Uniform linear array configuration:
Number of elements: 32
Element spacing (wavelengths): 0.75
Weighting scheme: kaiser
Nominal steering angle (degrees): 60
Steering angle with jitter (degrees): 61.273
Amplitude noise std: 0.05
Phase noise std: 0.05

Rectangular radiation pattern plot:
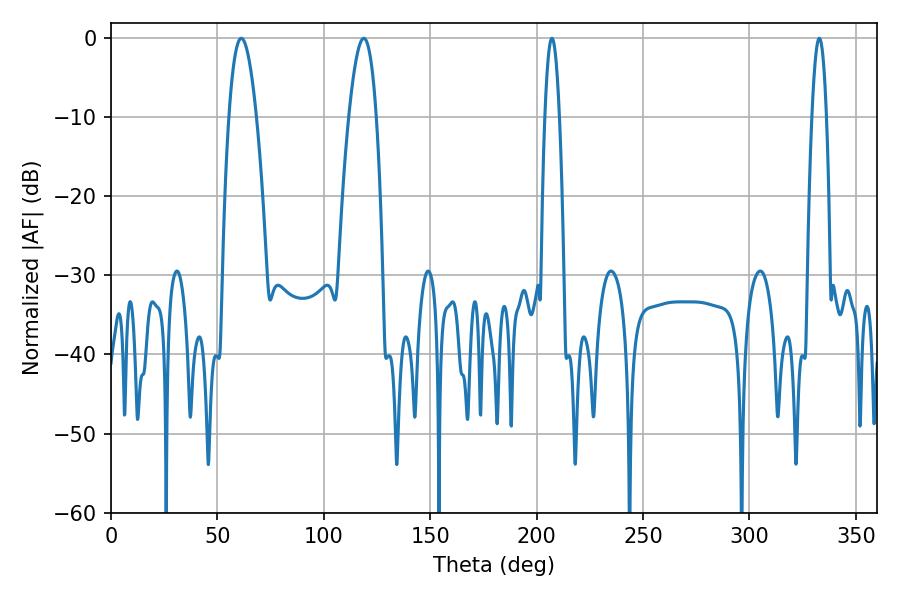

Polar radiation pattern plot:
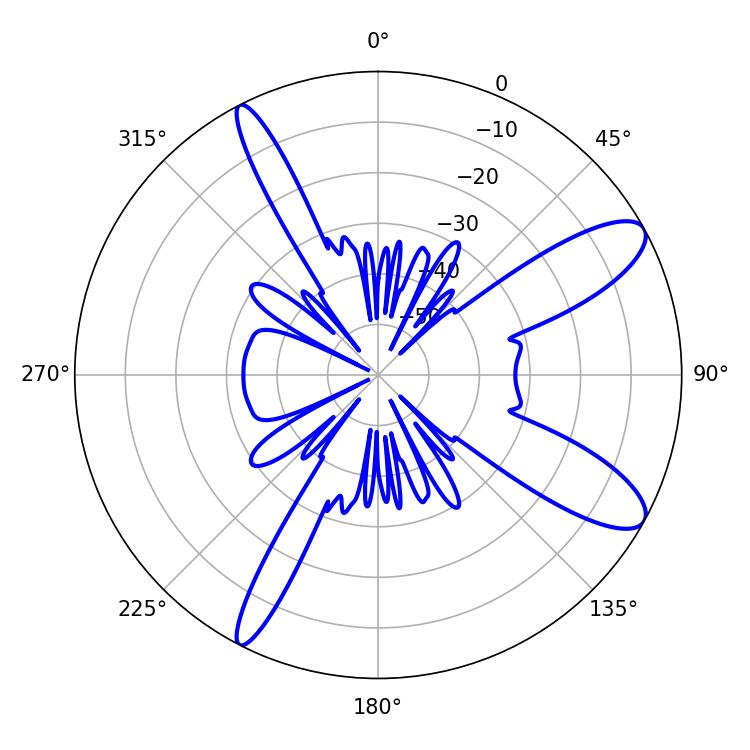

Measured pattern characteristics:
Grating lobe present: TRUE
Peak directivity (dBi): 10.725
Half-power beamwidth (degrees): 3.6
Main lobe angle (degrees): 332.82